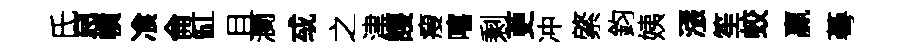
氏㤙幘飡侖缸且瀾㦯之津護瘦嘻剩茰冲綮鈞姨漲笙蛟贏蕚